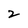
Character: 2